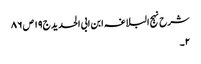
شرح نہج البلاغہ ابن ابی الحدید ج١٩ ص ٨٦
٢۔